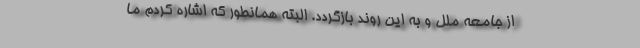
از جامعه ملل و به این روند بازگردد. البته همانطور که اشاره کردم ما